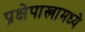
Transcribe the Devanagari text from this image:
प्रक्षेपास्त्रामध्ये